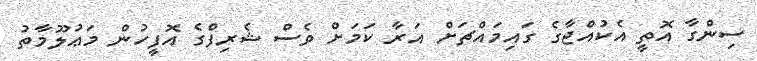
ސިންގާ އޮތީ އެކުއްޖާގެ ގައިމައްޗަށް އަރާ ކަމަށް ވެސް ޝެރިފްގެ އޮފީހުން މަޢުލޫމާތު